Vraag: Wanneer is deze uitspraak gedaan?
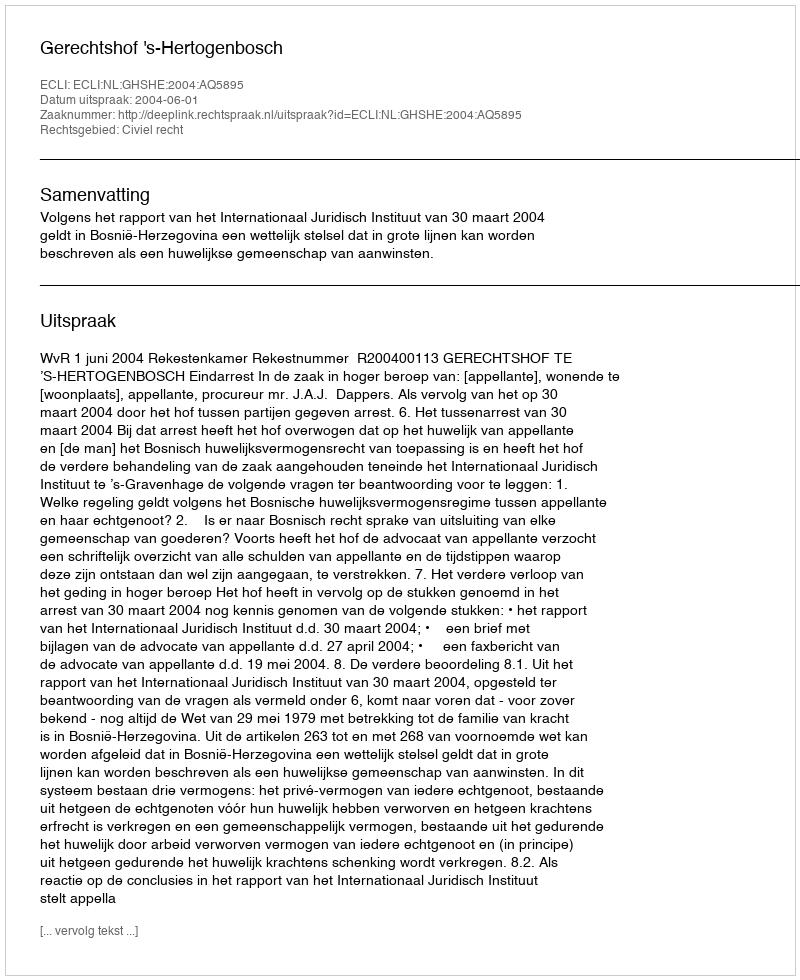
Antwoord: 2004-06-01